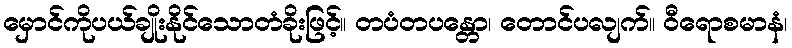
မှောင်ကိုပယ်ချိုးနိုင်သောတံခိုးဖြင့်။ တပံတပန္တော၊ တောင်ပလျက်။ ဝီရောစမာနံ၊